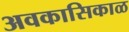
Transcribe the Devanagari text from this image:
अवकासिकाळ